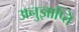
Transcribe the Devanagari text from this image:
अनुज्ञाप्ति